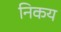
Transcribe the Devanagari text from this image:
निकय